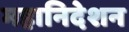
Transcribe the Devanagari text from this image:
महानिदेशन